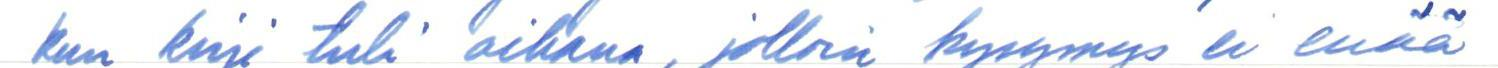
kun kirje tuli aikana, jolloin kysymys ei enää